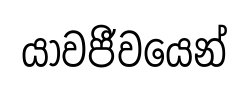
යාවජීවයෙන්